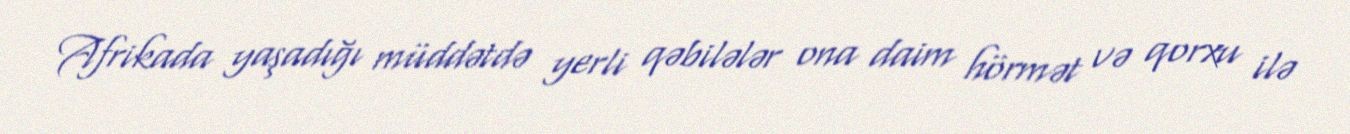
Afrikada yaşadığı müddətdə yerli qəbilələr ona daim hörmət və qorxu ilə